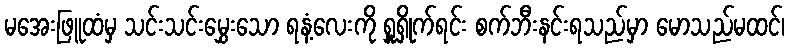
မအေးဖြူထံမှ သင်းသင်းမွှေးသော ရနံ့လေးကို ရှူရှိုက်ရင်း စက်ဘီးနင်းရသည်မှာ မောသည်မထင်၊